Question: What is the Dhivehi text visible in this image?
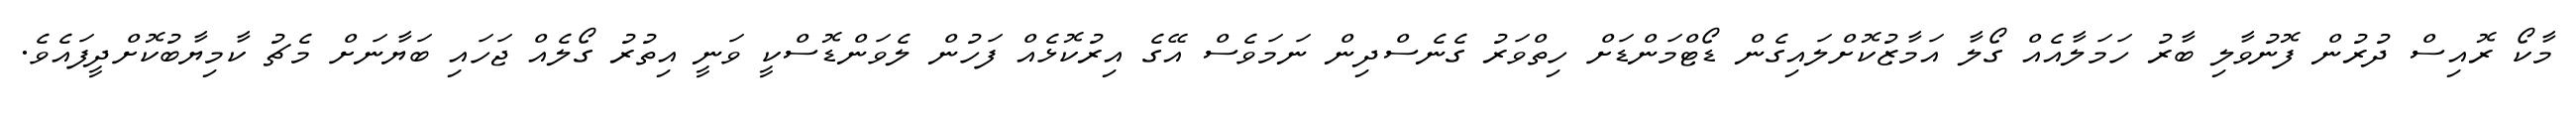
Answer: މާކޯ ރޮއިސް ދުރުން ފޮނުވާލި ބާރު ހަމަލާއެއް ގޯލާ އަމާޒުކޮށްލައިގެން ޑޯޓްމަންޑަށް ހިތްވަރު ގެނެސްދިން ނަމަވެސް އޭގެ އިރުކޮޅެއް ފަހުން ލެވަންޑޮސްކީ ވަނީ އިތުރު ގޯލެއް ޖަހައި ބަޔާނަށް މެޗު ކާމިޔާބުކޮށްދީފައެވެ.